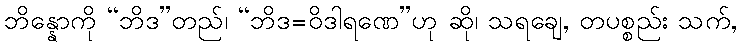
ဘိန္နောကို “ဘိဒ”တည်၊ “ဘိဒ=ဝိဒါရဏေ”ဟု ဆို၊ သရချေ, တပစ္စည်း သက်,